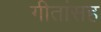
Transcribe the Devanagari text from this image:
गीतांसह